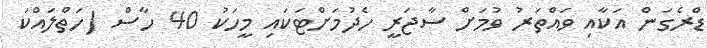
ޑްރެގަން އަކާއި ވައްތަރު ވުމަށް ސާޖަރީ ހެދުމަށްޓަކައި މީހަކު 40 ހާސް (ހަތްލައްކަ